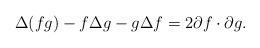
LaTeX: \begin{align*}\Delta (fg) - f \Delta g -g \Delta f = 2 \partial f \cdot \partial g.\end{align*}